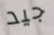
جيد